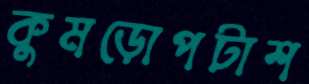
কুমড়োপটাশ